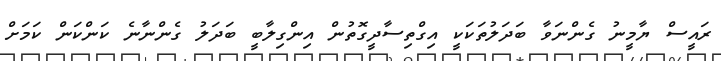
ރައީސް ޔާމީނު ގެންނަވާ ބަދަލުތަކަކީ އިގްތިސާދީގޮތުން އިންގިލާބީ ބަދަލު ގެންނާނެ ކަންކަން ކަަމަށް